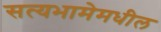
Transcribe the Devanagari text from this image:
सत्यभामेमधील